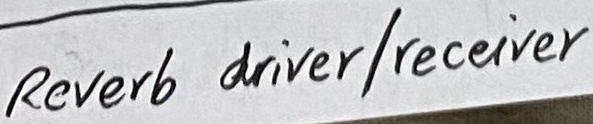
Text: Reverb driver/receiver